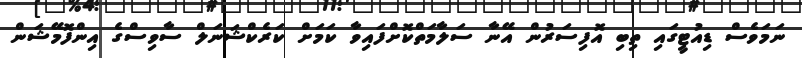
ނަމަވެސް ޑިއުޓީގައި ތިބި އޮފިސަރުން އޭނާ ސަލާމަތްކޮށްފައިވާ ކަމަށް ކަރެކްޝަނަލް ސާވިސްގެ އިންފޮމޭޝަން